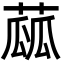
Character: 蓏